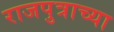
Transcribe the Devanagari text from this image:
राजपुत्राच्या